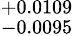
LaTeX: ^{+0.0109}_{-0.0095}